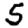
Digit: 5